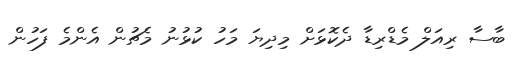
ބާސާ ރިއަލް މެޑްރިޑާ ދެކޮޅަށް މިދިޔަ މަހު ކުޅުނު މެޗުން އެންމެ ފަހުން